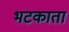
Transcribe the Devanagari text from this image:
भटकाता